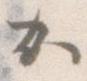
か